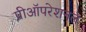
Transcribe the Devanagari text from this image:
प्रीऑपरेशनल